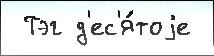
 Тэг д'ес'я́тоjе